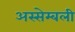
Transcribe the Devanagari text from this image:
अस्सेम्बली